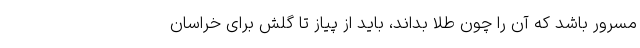
مسرور باشد که آن را چون طلا بداند، باید از پیاز تا گلش برای خراسان